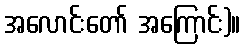
အလောင်းတော် အကြောင်း)။